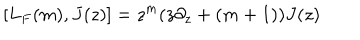
[ L _ { F } ( m ) , J ( z ) ] = z ^ { m } ( z \partial _ { z } + ( m + 1 ) ) J ( z )